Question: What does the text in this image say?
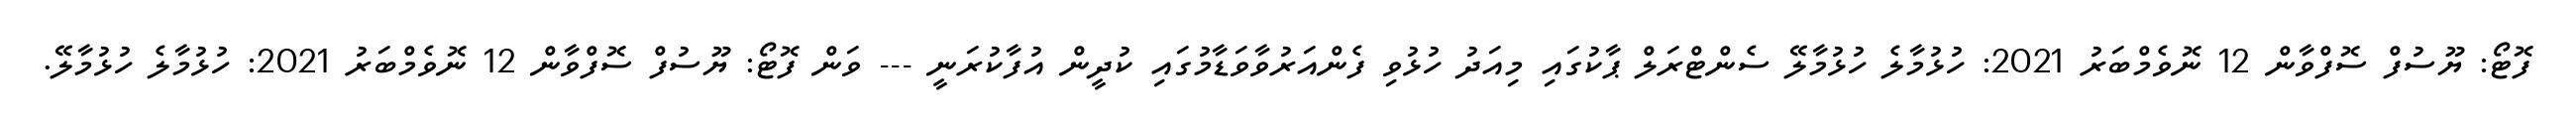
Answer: ފޮޓޯ: ޔޫސުފް ސޮފްވާން 12 ނޮވެމްބަރު 2021: ހުޅުމާލެ ހުޅުމާލޭ ސެންޓްރަލް ޕާކުގައި މިއަދު ހުޅުވި ފެންއަރުވާވަޑާމުގައި ކުދީން އުފާކުރަނީ --- ވަން ފޮޓޯ: ޔޫސުފް ސޮފްވާން 12 ނޮވެމްބަރު 2021: ހުޅުމާލެ ހުޅުމާލޭ.